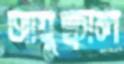
আয়ুষ্কাল